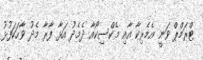
ޓްރަަމްޕް ވަނީ އެމެރިކާ އާއި މެކްސިކޯއާ ދެމެދު އަޅާ ފާރާ މެދު ވާހަކަފުޅު